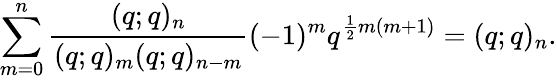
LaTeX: \sum_{m=0}^{n}\frac{(q;q)_{n}}{(q;q)_{m}(q;q)_{n-m}}(-1)^{m}q^{\frac{1}{2}m(m+1)}=(q;q)_{n}.